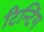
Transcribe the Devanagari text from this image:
टिन्टिंग